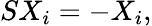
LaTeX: SX_{i}=-X_{i},